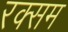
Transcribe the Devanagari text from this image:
रक्सम